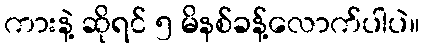
ကားနဲ့ ဆိုရင် ၅ မိနစ်ခန့်လောက်ပါပဲ။